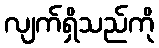
လျက်ရှိသည်ကို